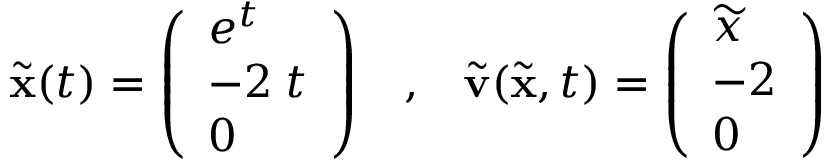
\widetilde { { \mathbf x } } ( t ) = \left( \begin{array} { l } { e ^ { t } } \\ { - 2 \; t } \\ { 0 } \end{array} \right) \; \; \; , \; \; \; \widetilde { { \mathbf v } } ( \widetilde { { \mathbf x } } , t ) = \left( \begin{array} { l } { \widetilde { x } } \\ { - 2 } \\ { 0 } \end{array} \right)